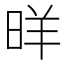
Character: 𱢂